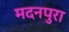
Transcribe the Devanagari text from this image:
मदनपुरा